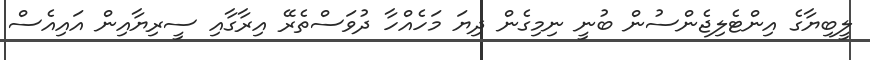
ލީބިޔާގެ އިންޓެލިޖެންސުން ބުނީ ނިމިގެން ދިޔަ މަހެއްހާ ދުވަސްތެރޭ އިރާގާއި ސީރިޔާއިން އައިއެސް